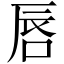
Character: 唇